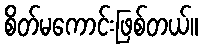
စိတ်မကောင်းဖြစ်တယ်။